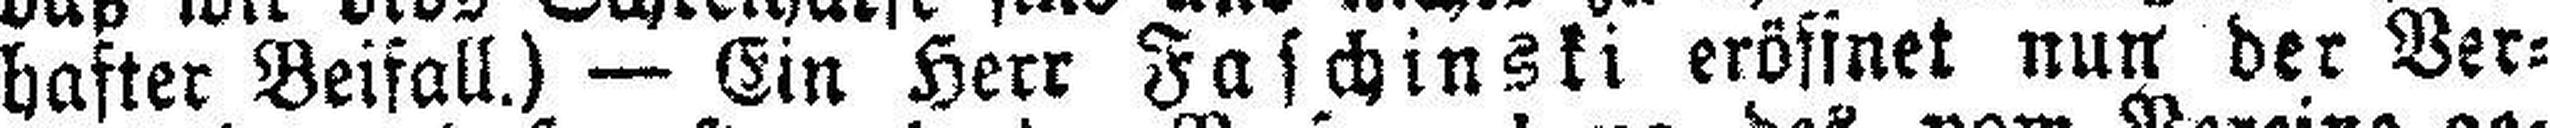
hafter Beifall.) — Ein Herr Faschinski eröffnet nun der Ver¬